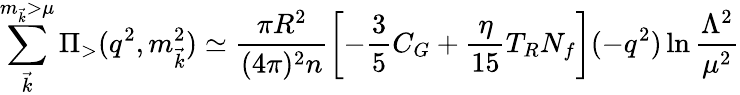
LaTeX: \sum_{\vec{k}}^{m_{\vec{k}}>\mu}\Pi_{>}(q^{2},m_{\vec{k}}^{2})\simeq\frac{\pi R^{2}}{(4\pi)^{2}n}\left[-\frac{3}{5}C_{G}+\frac{\eta}{15}T_{R}N_{f}\right](-q^{2})\ln\frac{\Lambda^{2}}{\mu^{2}}